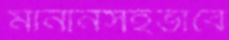
মানানসইভাবে